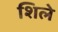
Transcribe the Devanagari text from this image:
शिले